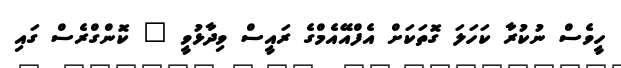
ހީވެސް ނުކުރާ ކަހަލަ ގޮތަކަށް އެފްއޭއެމްގެ ރައީސް ވިދާޅުވީ " ކޮންގްރެސް ގައި